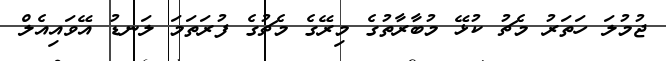
ޖުމުލަ ހަތަރު މެޗު ކުޅޭ މުބާރާތުގެ މިރޭގެ މެޗުގެ ފުރަތަމަ ލަނޑު އޭވައިއެލް